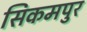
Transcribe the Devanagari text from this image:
सिकमपुर